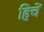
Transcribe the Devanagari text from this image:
हिचें